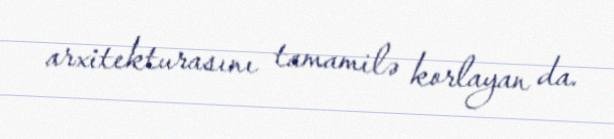
arxitekturasını tamamilə korlayan da.